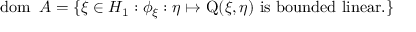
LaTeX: \operatorname { d o m } \ A = \{ \xi \in H _ { 1 } : \phi _ { \xi } : \eta \mapsto \operatorname { Q } ( \xi , \eta ) { \mathrm { ~ i s ~ b o u n d e d ~ l i n e a r . } } \}